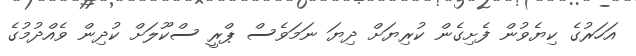
އަހަރުގެ ކިޔެވުން ފެށިގެން ކުރިޔަށް ދިޔަ ނަމަވެސް ޕްރީ ސްކޫލަށް ކުދިން ވެއްދުމުގެ